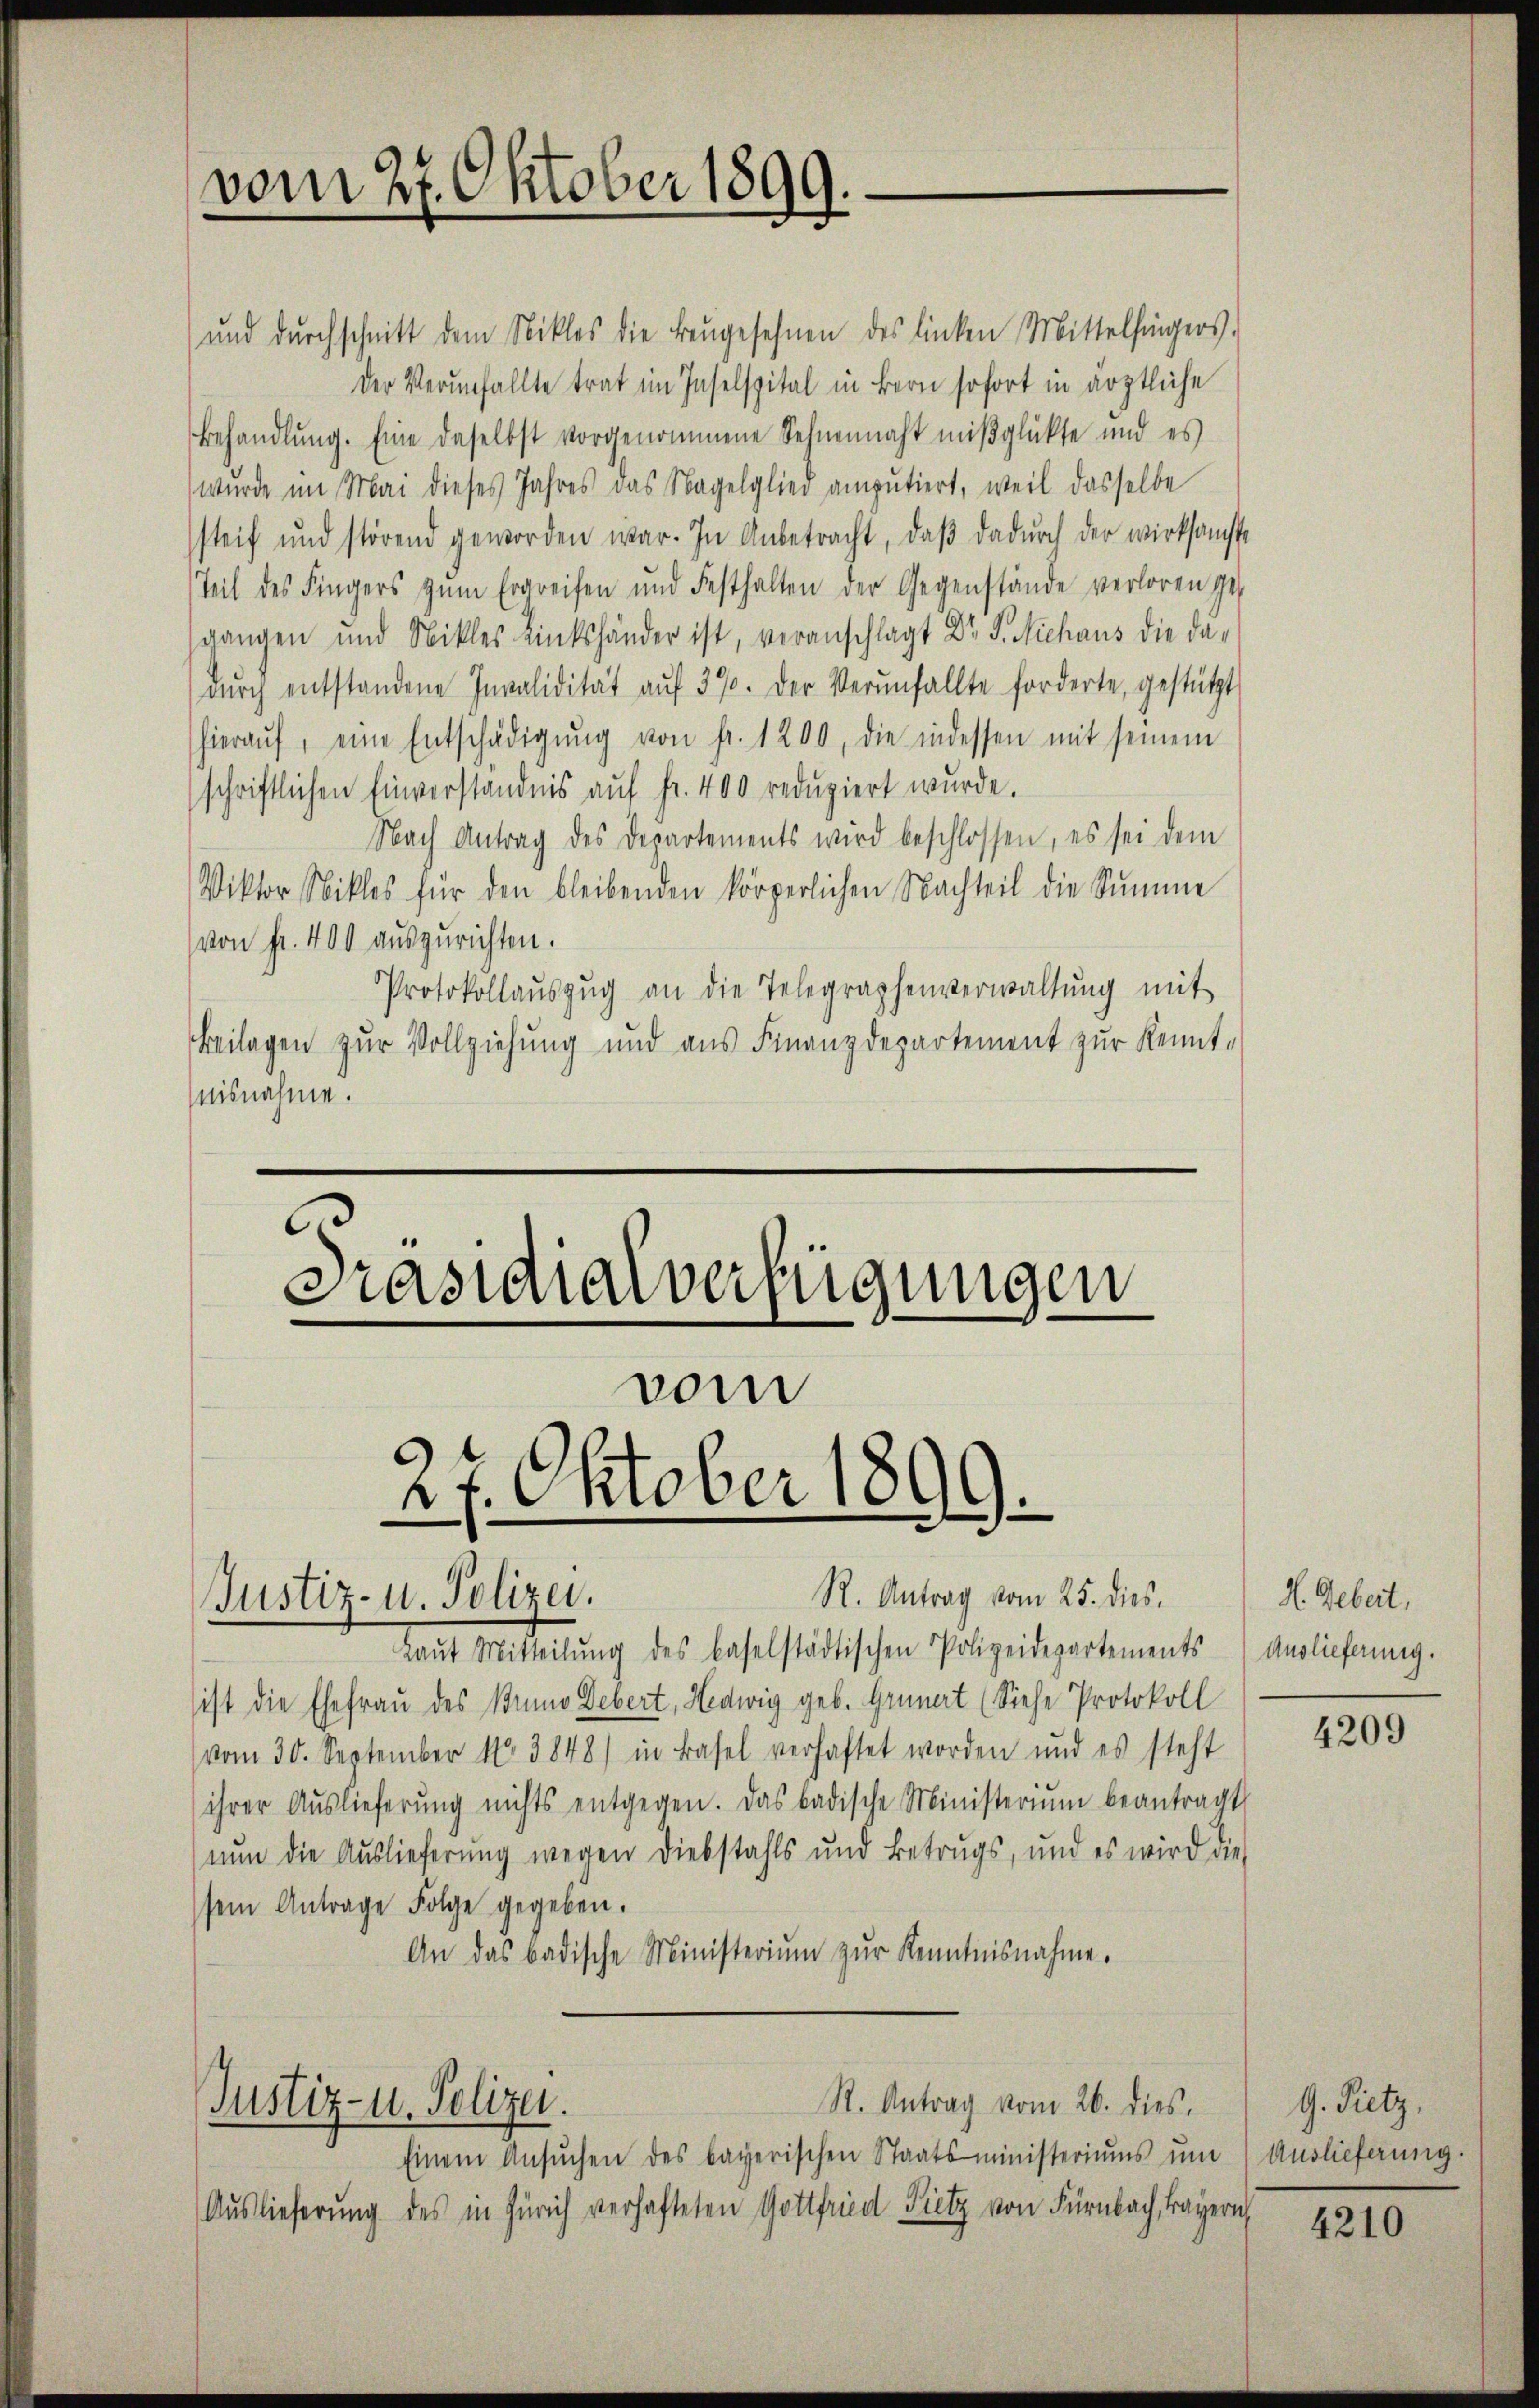
vom 27. Oktober 1899.

vom
27. Oktober 1899.
R. Antrag vom 25. dies
Justiz- u. Polizei.

Laŭt Mitteilŭng des baselstädtischen Polizeidepartements
ist die Ehefrau des Buno Debert, Hedwig geb. Grunert (Siehe Protokoll
vom 30. September N. 3848) in Basel verhaftet worden und es steht
ihrer Aŭslieferŭng nichts entgegen. Das badische Ministerium beantragt
nun die Auslieferung wegen Diebstahls und Betrugs, und es wird die
sem Antrage Folge gegeben.
An das badische Ministeriŭm zŭr Kenntnisnahme.
R. Antrag vom 26. dies.
Justiz- u. Polizei.
Einem Ansŭchen des bayerischen Staatsministeriums ŭm
Auslieferung des in Zürich verhafteten Gottfried Lietz von Fürnbach, Bayern

und durchschnitt dem Niklas die Baŭgesehnen des linken Mittelfingers,
der Verunfallte trat im Inselspital in Bern sofort in ärztliche
Behandlung. Eine daselbst vorgenommene Sehnenmacht mißglükte und es
wurde im Mai dieses Jahres das Nagelglied amputiert, weil dasselbe
steif und störend geworden war. In Anbetracht, daβ dadŭrch der wirksamste
Teil des Fingers zŭm Ergreifen und Festhalten der Gegenstände verloren ges
sgangen und Nikles eintshänder ist, veranschlagt Dr. J. Niehaus die da-
dŭrch entstandene Invalidität aŭf 37. Der Verŭnfallte forderte, gestützt
hieraŭf, eine Entschädigŭng von fr. 1200, die indessen mit seinem
schriftlichen Einverständnis aŭf fr. 400 reduziert wurde.
Nach Antrag des Departements wird beschlossen, es sei dem
Viktor Nikles für den bleibenden körperlichen Nachteil die Summe
von Fr. 400 auszurichten.
Protokollaŭszŭg an die Telegraphenverwaltŭng mit
Beilagen zur Vollziehung und aus Finanzdepartement zŭr Kennt-
nisnahme.
Präsidialverfügungen

H. Gebert,
Auslieferung.

4209

G. Pietz,
Auslieferung

4210